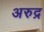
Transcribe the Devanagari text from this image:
अरुद्र